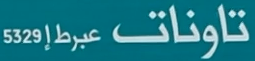
تاونات عبرط إز 5